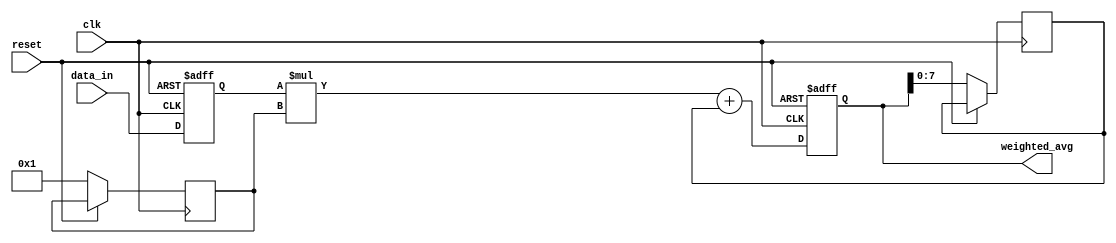
module weighted_moving_average_accumulator (
  input wire clk,
  input wire reset,
  input wire [DATA_WIDTH-1:0] data_in,
  output reg [OUTPUT_WIDTH-1:0] weighted_avg
);

parameter DATA_WIDTH = 8; // Width of input data
parameter WEIGHTS_WIDTH = 4; // Width of weights
parameter OUTPUT_WIDTH = 12; // Width of output

reg [DATA_WIDTH-1:0] data_reg;
reg [DATA_WIDTH-1:0] prev_accum;
reg [WEIGHTS_WIDTH-1:0] weights [0:DATA_WIDTH-1];
reg [OUTPUT_WIDTH-1:0] accum;

integer i;

initial begin
  // Initialize weights with predefined values
  // Example: weights[0] = 2, weights[1] = 5, weights[2] = 3, ...
  for (i = 0; i < DATA_WIDTH; i = i + 1) begin
    weights[i] = i+1;
  end
end

always @(posedge clk or posedge reset) begin
  if (reset) begin
    // Reset accumulated value and data register
    accum <= 0;
    data_reg <= 0;
  end else begin
    // Calculate weighted moving average
    prev_accum <= accum;
    accum <= (data_reg * weights[0]) + prev_accum;
    data_reg <= data_in;
    
    // Shift weights for next input data
    for (i = DATA_WIDTH-1; i > 0; i = i - 1) begin
      weights[i] <= weights[i-1];
    end
    weights[0] <= i+1; // Assign new weight for latest input
  end
end

assign weighted_avg = accum;

endmodule